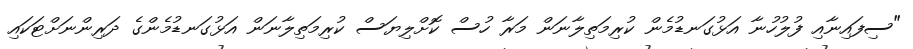
"ސިފައިނާއި ފުލުހުނާ އަޅުގަނޑުމެން ކުރިމަތިލާނަން މަރާ ހުސް ކޮށްލިޔަސް ކުރިމަތިލާނަން އަޅުގަނޑުމެންގެ ދަރިންނަށްޓަކައި